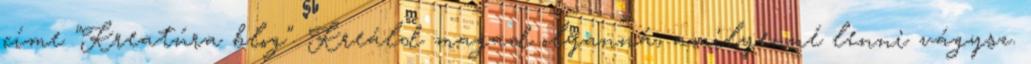
címe "Kreatúra blog". Kreáld magad olyanná, amilyenné lenni vágysz.